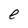
Character: e